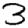
Digit: 3